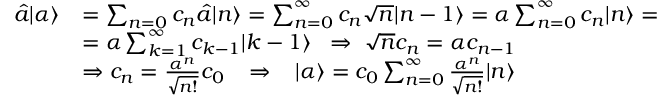
\begin{array} { r l } { \hat { a } | \alpha \rangle } & { = \sum _ { n = 0 } c _ { n } \hat { a } | n \rangle = \sum _ { n = 0 } ^ { \infty } c _ { n } \sqrt { n } | n - 1 \rangle = \alpha \sum _ { n = 0 } ^ { \infty } c _ { n } | n \rangle = } \\ & { = \alpha \sum _ { k = 1 } ^ { \infty } c _ { k - 1 } | k - 1 \rangle \; \; \Rightarrow \; \sqrt { n } c _ { n } = \alpha c _ { n - 1 } } \\ & { \Rightarrow c _ { n } = \frac { \alpha ^ { n } } { \sqrt { n ! } } c _ { 0 } \; \; \; \Rightarrow \; \; \; | \alpha \rangle = c _ { 0 } \sum _ { n = 0 } ^ { \infty } \frac { \alpha ^ { n } } { \sqrt { n ! } } | n \rangle } \end{array}